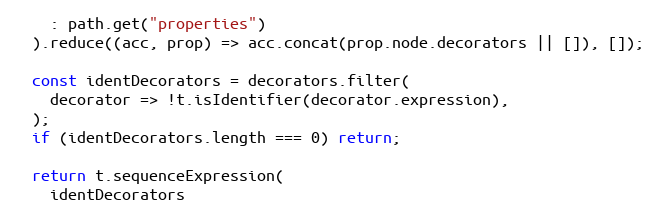
Language: JavaScript
    : path.get("properties")
  ).reduce((acc, prop) => acc.concat(prop.node.decorators || []), []);

  const identDecorators = decorators.filter(
    decorator => !t.isIdentifier(decorator.expression),
  );
  if (identDecorators.length === 0) return;

  return t.sequenceExpression(
    identDecorators